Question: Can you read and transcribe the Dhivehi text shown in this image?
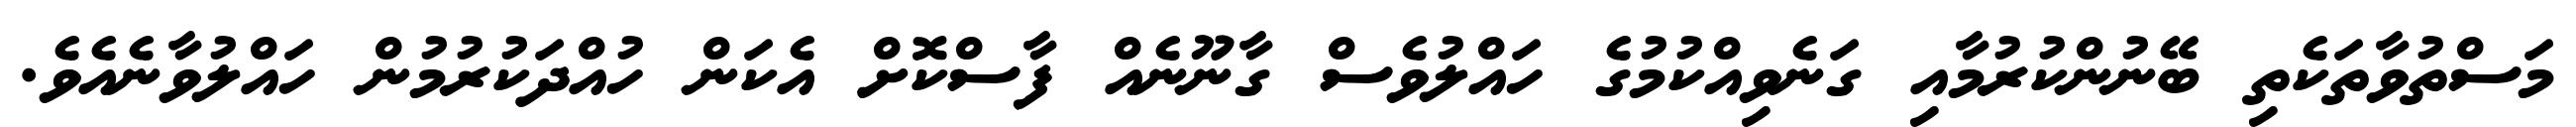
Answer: މަސްތުވާތަކެތި ބޭނުންކުރުމާއި ގަނެވިއްކުމުގެ ހައްލުވެސް ގާނޫނެއް ފާސްކޮށް އެކަން ހުއްދަކުރުމުން ހައްލުވާނެއެވެ.